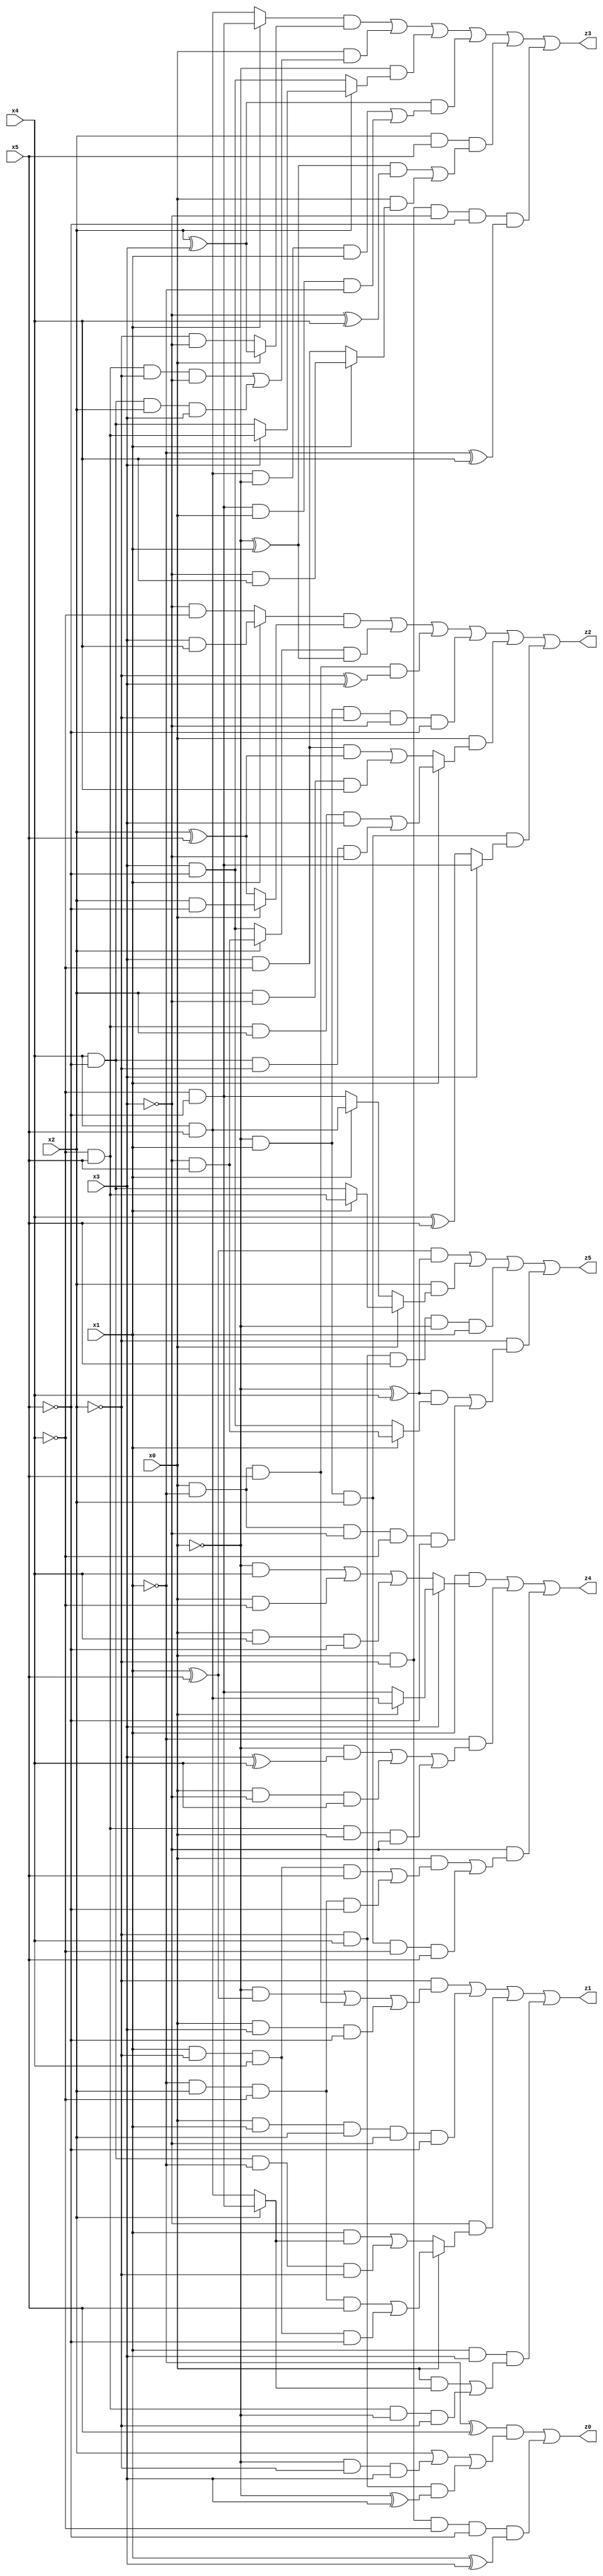
// Benchmark "X_8" written by ABC on Wed Jun 07 23:35:37 2023

module X_8 ( 
    x0, x1, x2, x3, x4, x5,
    z0, z1, z2, z3, z4, z5  );
  input  x0, x1, x2, x3, x4, x5;
  output z0, z1, z2, z3, z4, z5;
  assign z0 = ((~x1 ^ x5) & (x2 | (~x0 & ~x2 & x3) | (~x2 & x4 & (~x0 ^ x3)))) | (x0 & ~x2 & ~x4 & ~x5 & (x1 ^ x3));
  assign z1 = (~x2 & ((~x0 & (x1 ^ x5)) | (x0 & ~x1 & x5) | (x0 & x3 & ~x5))) | (x0 & x1 & x2 & ~x3 & ~x5) | (~x3 & (x0 ? ((~x1 & x2 & ~x4 & x5) | (x1 & ~x2 & x4 & ~x5)) : ((x1 & (x2 ? (~x4 & ~x5) : (x4 & x5))) | (x4 & ~x5 & ~x1 & ~x2)))) | (x1 & x3 & ((x0 & (x2 ? (~x4 & ~x5) : (x4 & x5))) | (~x4 & x5 & ~x0 & ~x2)));
  assign z2 = ((x1 ? (x3 & x4) : (~x3 & ~x4)) & (x0 ? (x2 & ~x5) : (x2 ^ x5))) | ((x2 ? (~x3 & x5) : (x3 & ~x5)) & (~x0 ^ x1)) | (x0 & ~x1 & x5 & (~x2 ^ x3)) | (~x0 & x1 & ~x2 & ~x3 & ~x5) | (x0 & (x1 ? ((~x4 & x5 & x2 & x3) | (x4 & ~x5 & ~x2 & ~x3)) : ((x3 & ~x4 & (x2 ^ x5)) | (x2 & ~x3 & x4)))) | (~x0 & x1 & x2 & (x3 ? (~x4 & ~x5) : (x4 ^ x5)));
  assign z3 = ((x1 ? (~x4 & ~x5) : (x4 & x5)) & (x0 ? (x2 ^ x3) : (~x2 & ~x3))) | (x0 & ((~x4 & x5 & ~x2 & ~x3) | (x4 & ~x5 & x2 & x3))) | (~x0 & (x2 ? (x3 ? (~x4 & x5) : (x4 & ~x5)) : (x3 & ~x5))) | ((x2 ^ x3) & ((x4 & x5 & ~x0 & x1) | (~x4 & ~x5 & x0 & ~x1))) | (x2 & x5 & (((~x0 ^ x1) & (~x3 ^ x4)) | (x0 & (x1 ? (~x3 & x4) : (x3 & ~x4))))) | (x0 & ~x2 & ~x3 & ~x5 & (~x1 ^ x4));
  assign z4 = (x1 & (x3 ? (x0 ? (x4 & x5) : (~x4 & ~x5)) : ((~x0 & x4) | (x0 & ~x4) | (x0 & x4 & ~x5)))) | (~x1 & ((~x0 & (x3 ^ x4)) | (x0 & ~x3 & x4) | (~x4 & x5 & x0 & ~x3))) | (~x3 & ((x0 & ((x1 & ~x2 & x4 & x5) | (~x1 & x2 & ~x4 & ~x5))) | (~x0 & x1 & x2 & ~x4 & x5)));
  assign z5 = ((x1 ^ x5) & (~x0 ^ x4)) | (x2 & (x0 ? (x1 ? (~x4 & x5) : (x4 & ~x5)) : (x1 ? (x4 & x5) : (~x4 & ~x5)))) | (~x2 & x4 & x5 & ~x0 & x1) | (~x2 & (((~x0 ^ x4) & (x1 ? (~x3 & x5) : (x3 & ~x5))) | (x0 & ~x1 & ~x3 & ~x4 & ~x5)));
endmodule